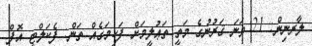
ލާރނިން: 21 ވަނަ ޤަރުނުގެ މަތީ ތަޢުލީމަށް ފަހިމަގެއް ތަން: ފެކަލްޓީ އޮފް